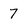
Character: 7